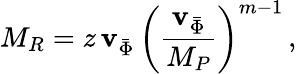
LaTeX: M_{R}=z\, \mathbf{v}_{\bar{{\Phi}}}\, \left(\frac{{\mathbf{v}_{\bar{{\Phi}}}}}{{M_{P}}}\right)^{m-1}\, ,